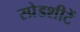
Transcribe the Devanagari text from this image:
स्प्रेडशीटें